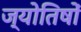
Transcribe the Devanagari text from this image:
ज्याेतिषाें